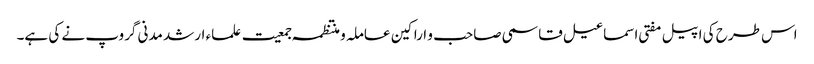
اس طرح کی اپیل مفتی اسماعیل قاسمی صاحب و اراکین عاملہ و منتظمہ جمعیت علماء ارشد مدنی گروپ نے کی ہے۔